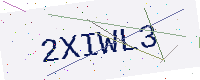
Text: 2XIWL3